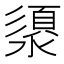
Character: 澃